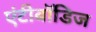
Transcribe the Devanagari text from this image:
एंटीबॉडिज